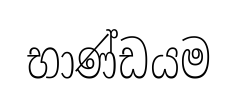
භාණ්ඩයම